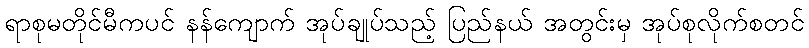
ရာစုမတိုင်မီကပင် နန်ကျောက် အုပ်ချုပ်သည့် ပြည်နယ် အတွင်းမှ အုပ်စုလိုက်စတင်